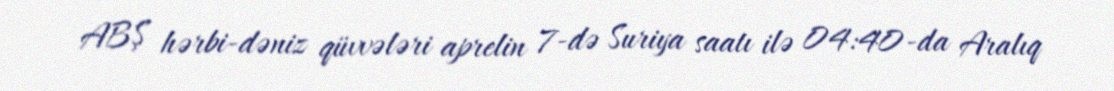
ABŞ hərbi-dəniz qüvvələri aprelin 7-də Suriya saatı ilə 04:40-da Aralıq